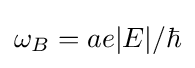
\omega _{B}=ae|E|/\hbar